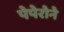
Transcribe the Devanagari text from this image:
पेपेरोने